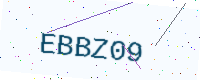
Text: EBBZ09